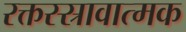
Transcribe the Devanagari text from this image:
रक्तस्स्रावात्मक